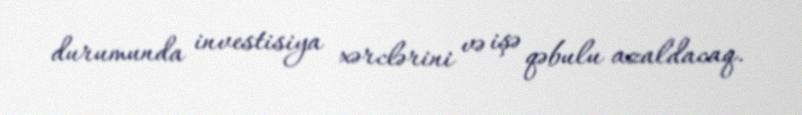
durumunda investisiya xərclərini və işə qəbulu azaldacaq.